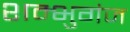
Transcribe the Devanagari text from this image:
शम्भुगंज